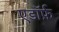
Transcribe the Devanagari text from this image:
एडॉर्फ़